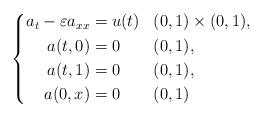
LaTeX: \begin{align*} \left\{ \begin{aligned} a_t - \varepsilon a_{xx} & = u(t) && (0,1) \times (0,1), \\ a(t,0) &= 0 && (0,1), \\ a(t,1) &= 0 && (0,1), \\ a(0,x) &= 0 && (0,1) \end{aligned} \right.\end{align*}